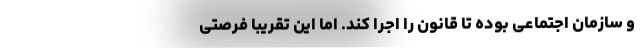
و سازمان اجتماعی بوده تا قانون را اجرا کند. اما این تقریباً فرصتی